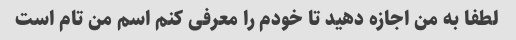
لطفا به من اجازه دهید تا خودم را معرفی کنم اسم من تام است